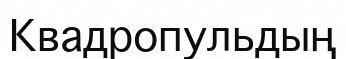
Квадропульдың